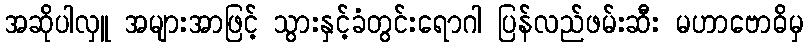
အဆိုပါလှူ အများအာဖြင့် သွားနှင့်ခံတွင်းရောဂါ ပြန်လည်ဖမ်းဆီး မဟာဗောဓိမှ